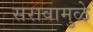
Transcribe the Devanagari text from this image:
सरावामुळे